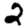
Digit: 2